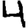
Digit: 4